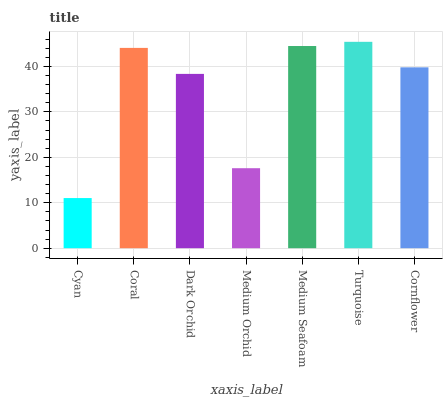
| xaxis_label | bars |
 | --- | --- |
 | Cyan | 11 |
 | Coral | 44.1 |
 | Dark Orchid | 38.4 |
 | Medium Orchid | 17.6 |
 | Medium Seafoam | 44.5 |
 | Turquoise | 45.4 |
 | Cornflower | 39.8 |